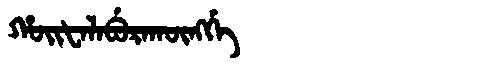
Manchu: ᡥᠣᡳᡶᠠᠯᠠᠪᡠᡵᠠᡴᡡᠩᡤᡝ
Romanization: HOIFALABURAKŪNGGE